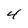
Character: 4